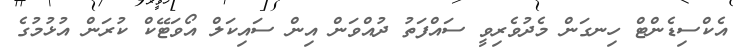
އެކްސިޑެންޓް ހިނގަން މެދުވެރިވީ ސައްފަތު ދުއްވަން އިން ސައިކަލް އޯވަޓޭކް ކުރަން އުޅުމުގެ